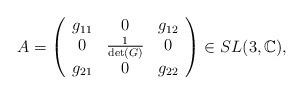
LaTeX: \begin{align*}A= \left(\begin{array}{ccc}g_{11}& 0 & g_{12} \\0& \frac{1}{\det(G)} & 0 \\ g_{21} & 0 & g_{22} \end{array}\right) \in SL(3, \mathbb{C}),\end{align*}